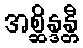
အစ္ဆိန္ဒန္တီ